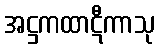
အဋ္ဌကထာဋီကာသု